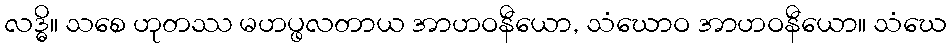
လဒ္ဓိ။ သစေ ဟုတဿ မဟပ္ဖလတာယ အာဟဝနီယော, သံဃောဝ အာဟဝနီယော။ သံဃေ